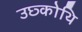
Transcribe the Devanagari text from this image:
उछ्कोथि